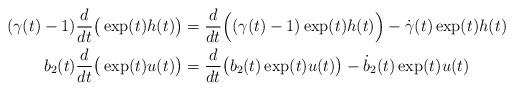
LaTeX: \begin{align*}(\gamma(t)-1)\frac{d}{dt}\big(\exp(t)h(t)\big) & =\frac{d}{dt}\Big((\gamma(t)-1)\exp(t)h(t)\Big)-\dot\gamma(t)\exp(t)h(t)\\b_2(t)\frac{d}{dt}\big(\exp(t)u(t)\big) & =\frac{d}{dt}\big(b_2(t)\exp(t)u(t)\big)-\dot b_2(t)\exp(t)u(t)\end{align*}